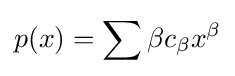
p(x)=\sum {\beta }c_{\beta }x^{\beta }